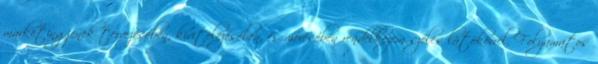
marketingjének tervezésében, kivitelezésében, és mérésében rendelkezem széles látókörrel. Folyamatos